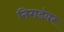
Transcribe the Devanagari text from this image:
निराडंबर